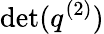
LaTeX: \operatorname*{det}(q^{(2)})